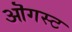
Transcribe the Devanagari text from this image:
ऒगस्ट